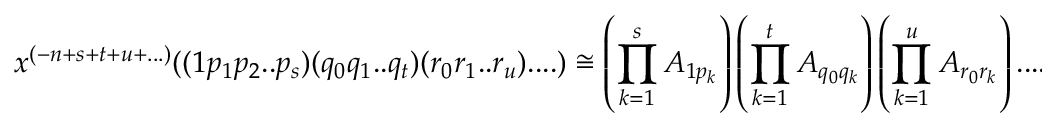
x ^ { ( - n + s + t + u + . . . ) } ( ( 1 p _ { 1 } p _ { 2 } . . p _ { s } ) ( q _ { 0 } q _ { 1 } . . q _ { t } ) ( r _ { 0 } r _ { 1 } . . r _ { u } ) . . . . ) \cong \left( \prod _ { k = 1 } ^ { s } A _ { 1 p _ { k } } \right) \left( \prod _ { k = 1 } ^ { t } A _ { q _ { 0 } q _ { k } } \right) \left( \prod _ { k = 1 } ^ { u } A _ { r _ { 0 } r _ { k } } \right) . . . . E _ { 0 }